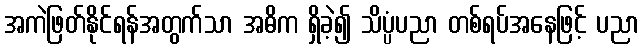
အကဲဖြတ်နိုင်ရန်အတွက်သာ အဓိက ရှိခဲ့၍ သိပ္ပံပညာ တစ်ရပ်အနေဖြင့် ပညာ